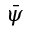
\Bar { \psi }